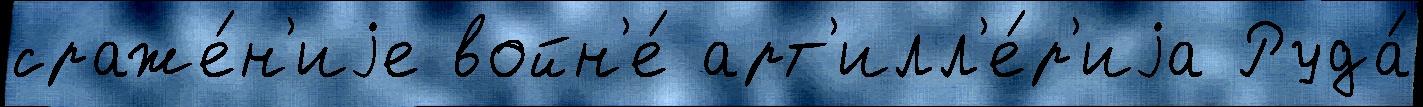
сраже́н'иjе войн'е́ арт'илл'е́р'иjа Руда́